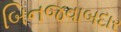
બિનજવાબદાર